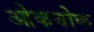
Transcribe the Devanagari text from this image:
ओकबोक